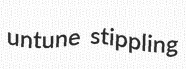
untune stippling